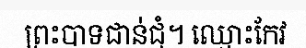
ព្រះបាទជាន់ជុំ។ ឈ្មោះកែវ